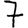
Digit: 7